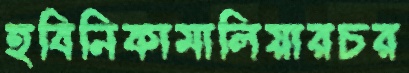
হবিনিকামালিয়ারচর